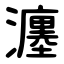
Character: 瀍